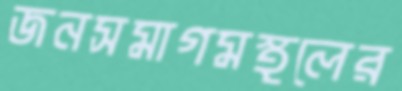
জনসমাগমস্থলের